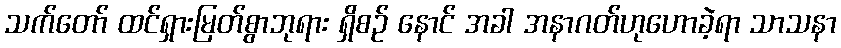
သက်တော် ထင်ရှားမြတ်စွာဘုရား ရှိစဉ် နောင် အခါ အနာဂတ်ဟုဟောခဲ့ရာ သာသနာ